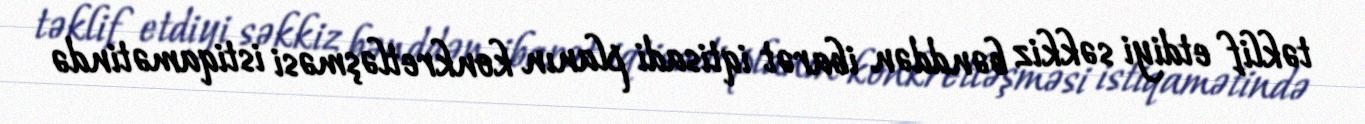
təklif etdiyi səkkiz bənddən ibarət iqtisadi planın konkretləşməsi istiqamətində